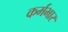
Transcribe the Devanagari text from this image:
कर्मभार